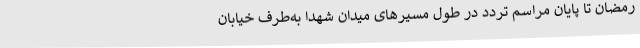
رمضان تا پایان مراسم تردد در طول مسیرهای میدان شهدا به‌طرف خیابان